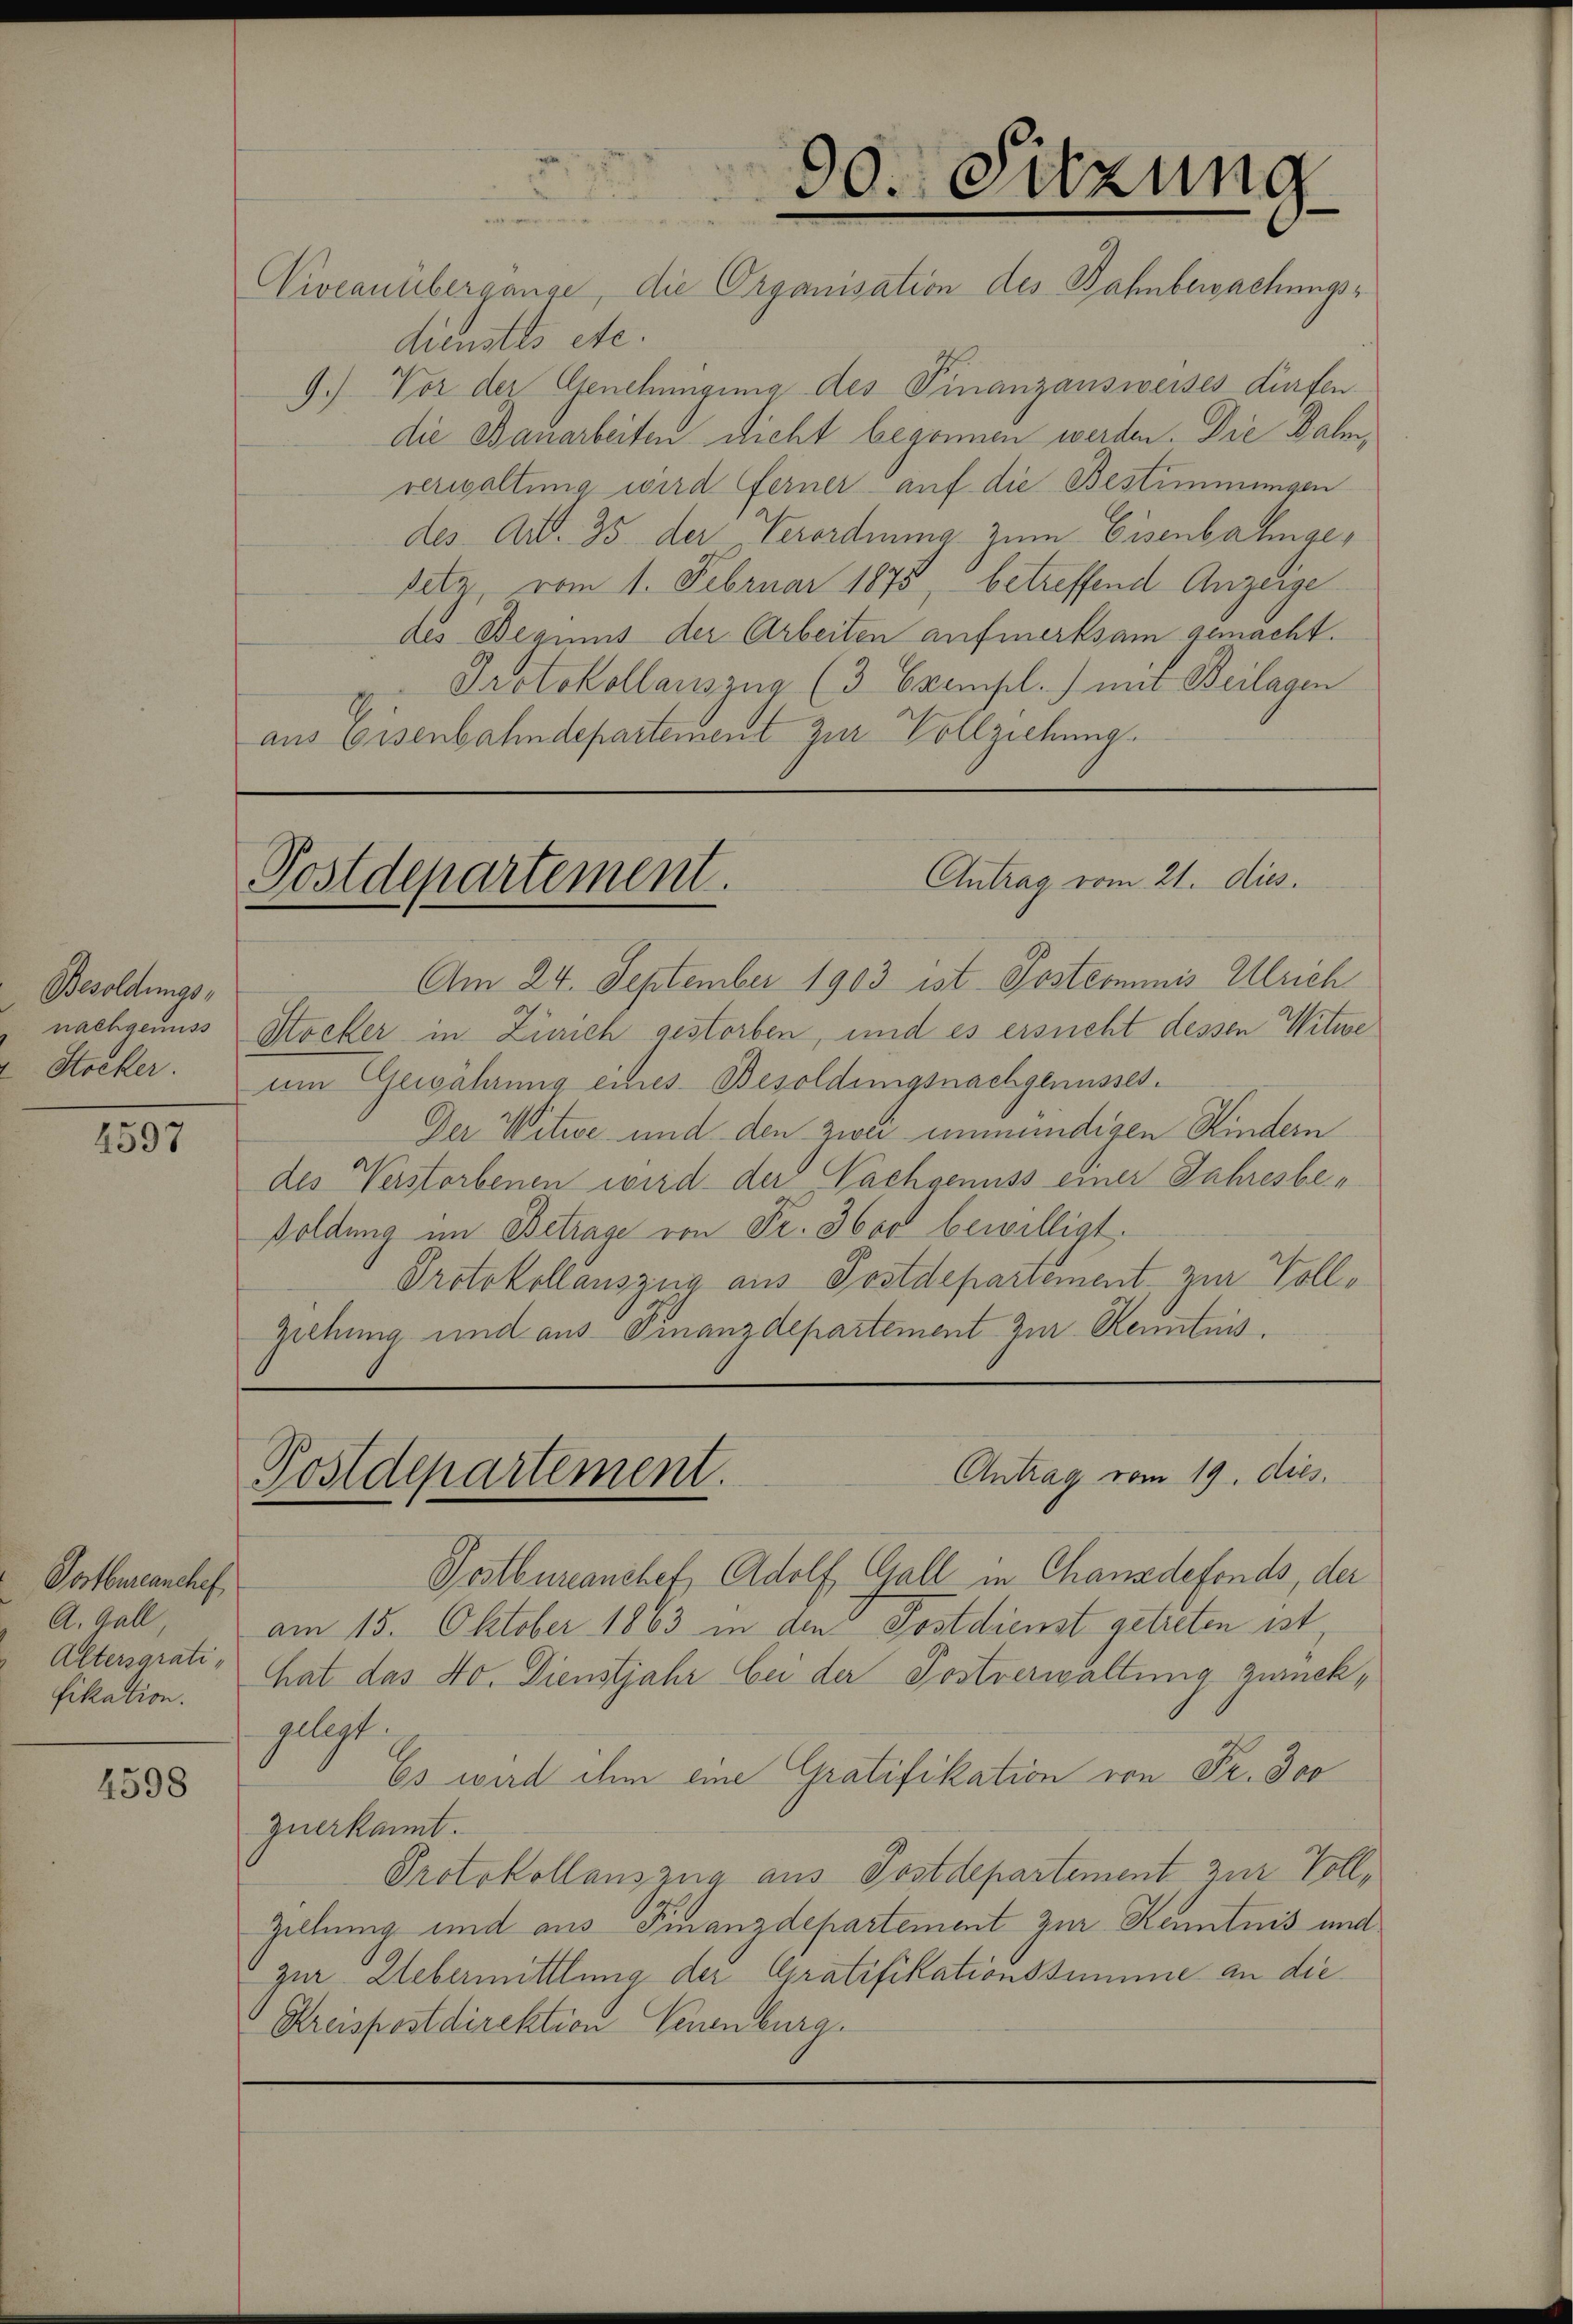
Besoldungs-
nachgenuss
Stocker.

4597

Postbureanchef
A. Gall
Altersgrati,
fikation.

4598

Vivcanübergange, die Organisation des Bahnbewachungsdienstes etc.
9.) Vor der Genehmigung des Finanzausweises dürfen.
die Bauarbeiten nicht begonnen werden. Die Balm,
verwaltung wird ferner auf die Bestimmungen
des Art. 35 der Verordnung zum Eisenbahngesetz, vom 1. Februar 1875, betreffend Anzeige
des Beguis der Arbeiten aufmerksam gemacht.
Protokollauszug (3 Exempl.) mit Beilagen
aus Eisenbahndepartement zur Vollziehung

Am 24. September 1903 ist Postcommis Ulrich
Streker in Zürich gestorben, und es ersucht dessen Witwe
um Gewährung eines Besoldungsnachgenusses.
Der Witwe und den zwei unmündigen Kindern
des Verstorbenen wird der Nachgenuss einer Jahresbesoldung im Betrage von Fr. 3600 bewilligt.
Protokollauszug aus Postdepartement, zur Voll¬
Ziehung und aus Finanzdepartement zur Kenntnis.

90. Sitzung

Antrag vom 21. dies.
Postdepartement.

Antrag vom 19. dies.
Postdepartement.

Postbureanchet, Adolf Gall in Chansdefonds, der
am 15. Oktober 1863 in den Postdienst getreten ist
hat das No. Dienstjahr bei der Postverwaltung zurückgelegt
Es wird ihm eine Gratifikation von Fr. Jos
zuerkannt
Protokollauszug aus Postdepartement zur Voll¬
Zillung und aus Finanzdepartement zur Kenntnis und
zur Uebermittlung der Gratifikationssumme an die
Kreispostdirektion Neuenburg.